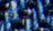
المسرحية